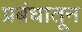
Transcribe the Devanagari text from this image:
प्रबंधातून